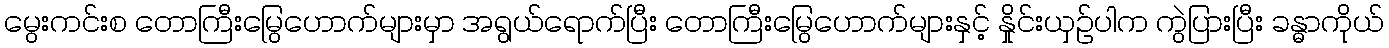
မွေးကင်းစ တောကြီးမြွေဟောက်များမှာ အရွယ်ရောက်ပြီး တောကြီးမြွေဟောက်များနှင့် နှိုင်းယှဉ်ပါက ကွဲပြားပြီး ခန္ဓာကိုယ်